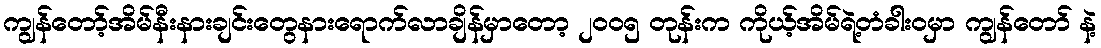
ကျွန်တော့်အိမ်နီးနားချင်းတွေနားရောက်လာချိန်မှာတော့ ၂၀ဝ၅ တုန်းက ကိုယ့်အိမ်ရဲ့တံခါးဝမှာ ကျွန်တော် နဲ့